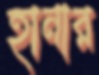
হানার